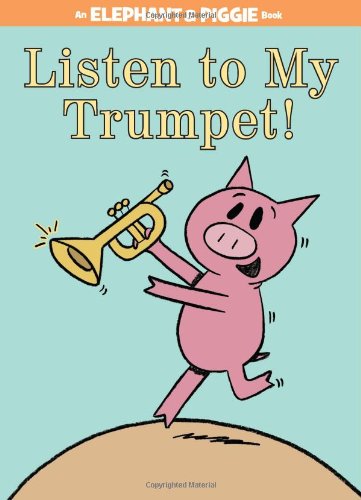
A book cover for Listen to My Trumpet! (An Elephant and Piggie Book); Mo Willems; Children's Books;